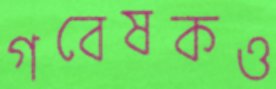
গবেষকও